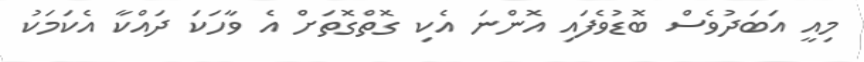
މިއީ އަބަދުވެސް ބޮޑުވެފައި އޮންނަ އެކި ގޮތްގޮތަށް އެ ވާހަކަ ދައްކާ އެކަމަކު